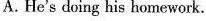
A. He's doing his homework.